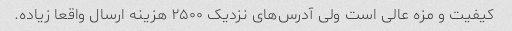
کیفیت و مزه عالی است ولی آدرس‌های نزدیک ۲۵۰۰ هزینه ارسال واقعا زیاده.